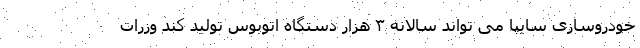
خودروسازی سایپا می تواند سالانه ۳ هزار دستگاه اتوبوس تولید کند وزرات